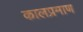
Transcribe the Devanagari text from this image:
कालप्रमाण